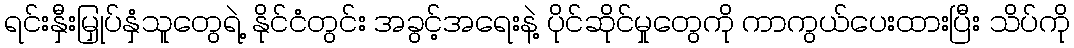
ရင်းနှီးမြှုပ်နှံသူတွေရဲ့ နိုင်ငံတွင်း အခွင့်အရေးနဲ့ ပိုင်ဆိုင်မှုတွေကို ကာကွယ်ပေးထားပြီး သိပ်ကို